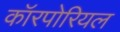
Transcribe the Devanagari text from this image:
कॉरपोरियल